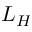
L _ { H }